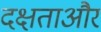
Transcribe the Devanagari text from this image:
दक्षताऔर